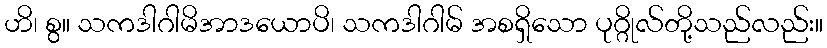
ဟိ၊ စွ။ သကဒါဂါမိအာဒယောပိ၊ သကဒါဂါမ် အစရှိသော ပုဂ္ဂိုလ်တို့သည်လည်း။